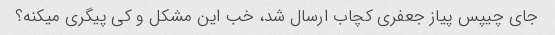
جای چیپس پیاز جعفری کچاب ارسال شد، خب این مشکل و کی پیگری میکنه؟